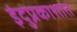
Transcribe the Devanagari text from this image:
इंदुप्रकाशात